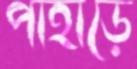
পাহাড়ে